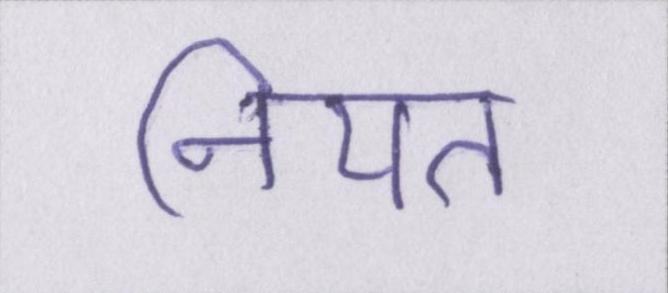
नियत